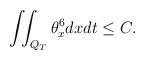
\begin{align*}\iint_{Q_T}\theta_x^6dxdt\leq C.\end{align*}